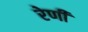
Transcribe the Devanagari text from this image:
रेणी